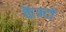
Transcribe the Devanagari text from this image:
केंन्दों